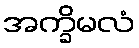
အက္ခိမလံ